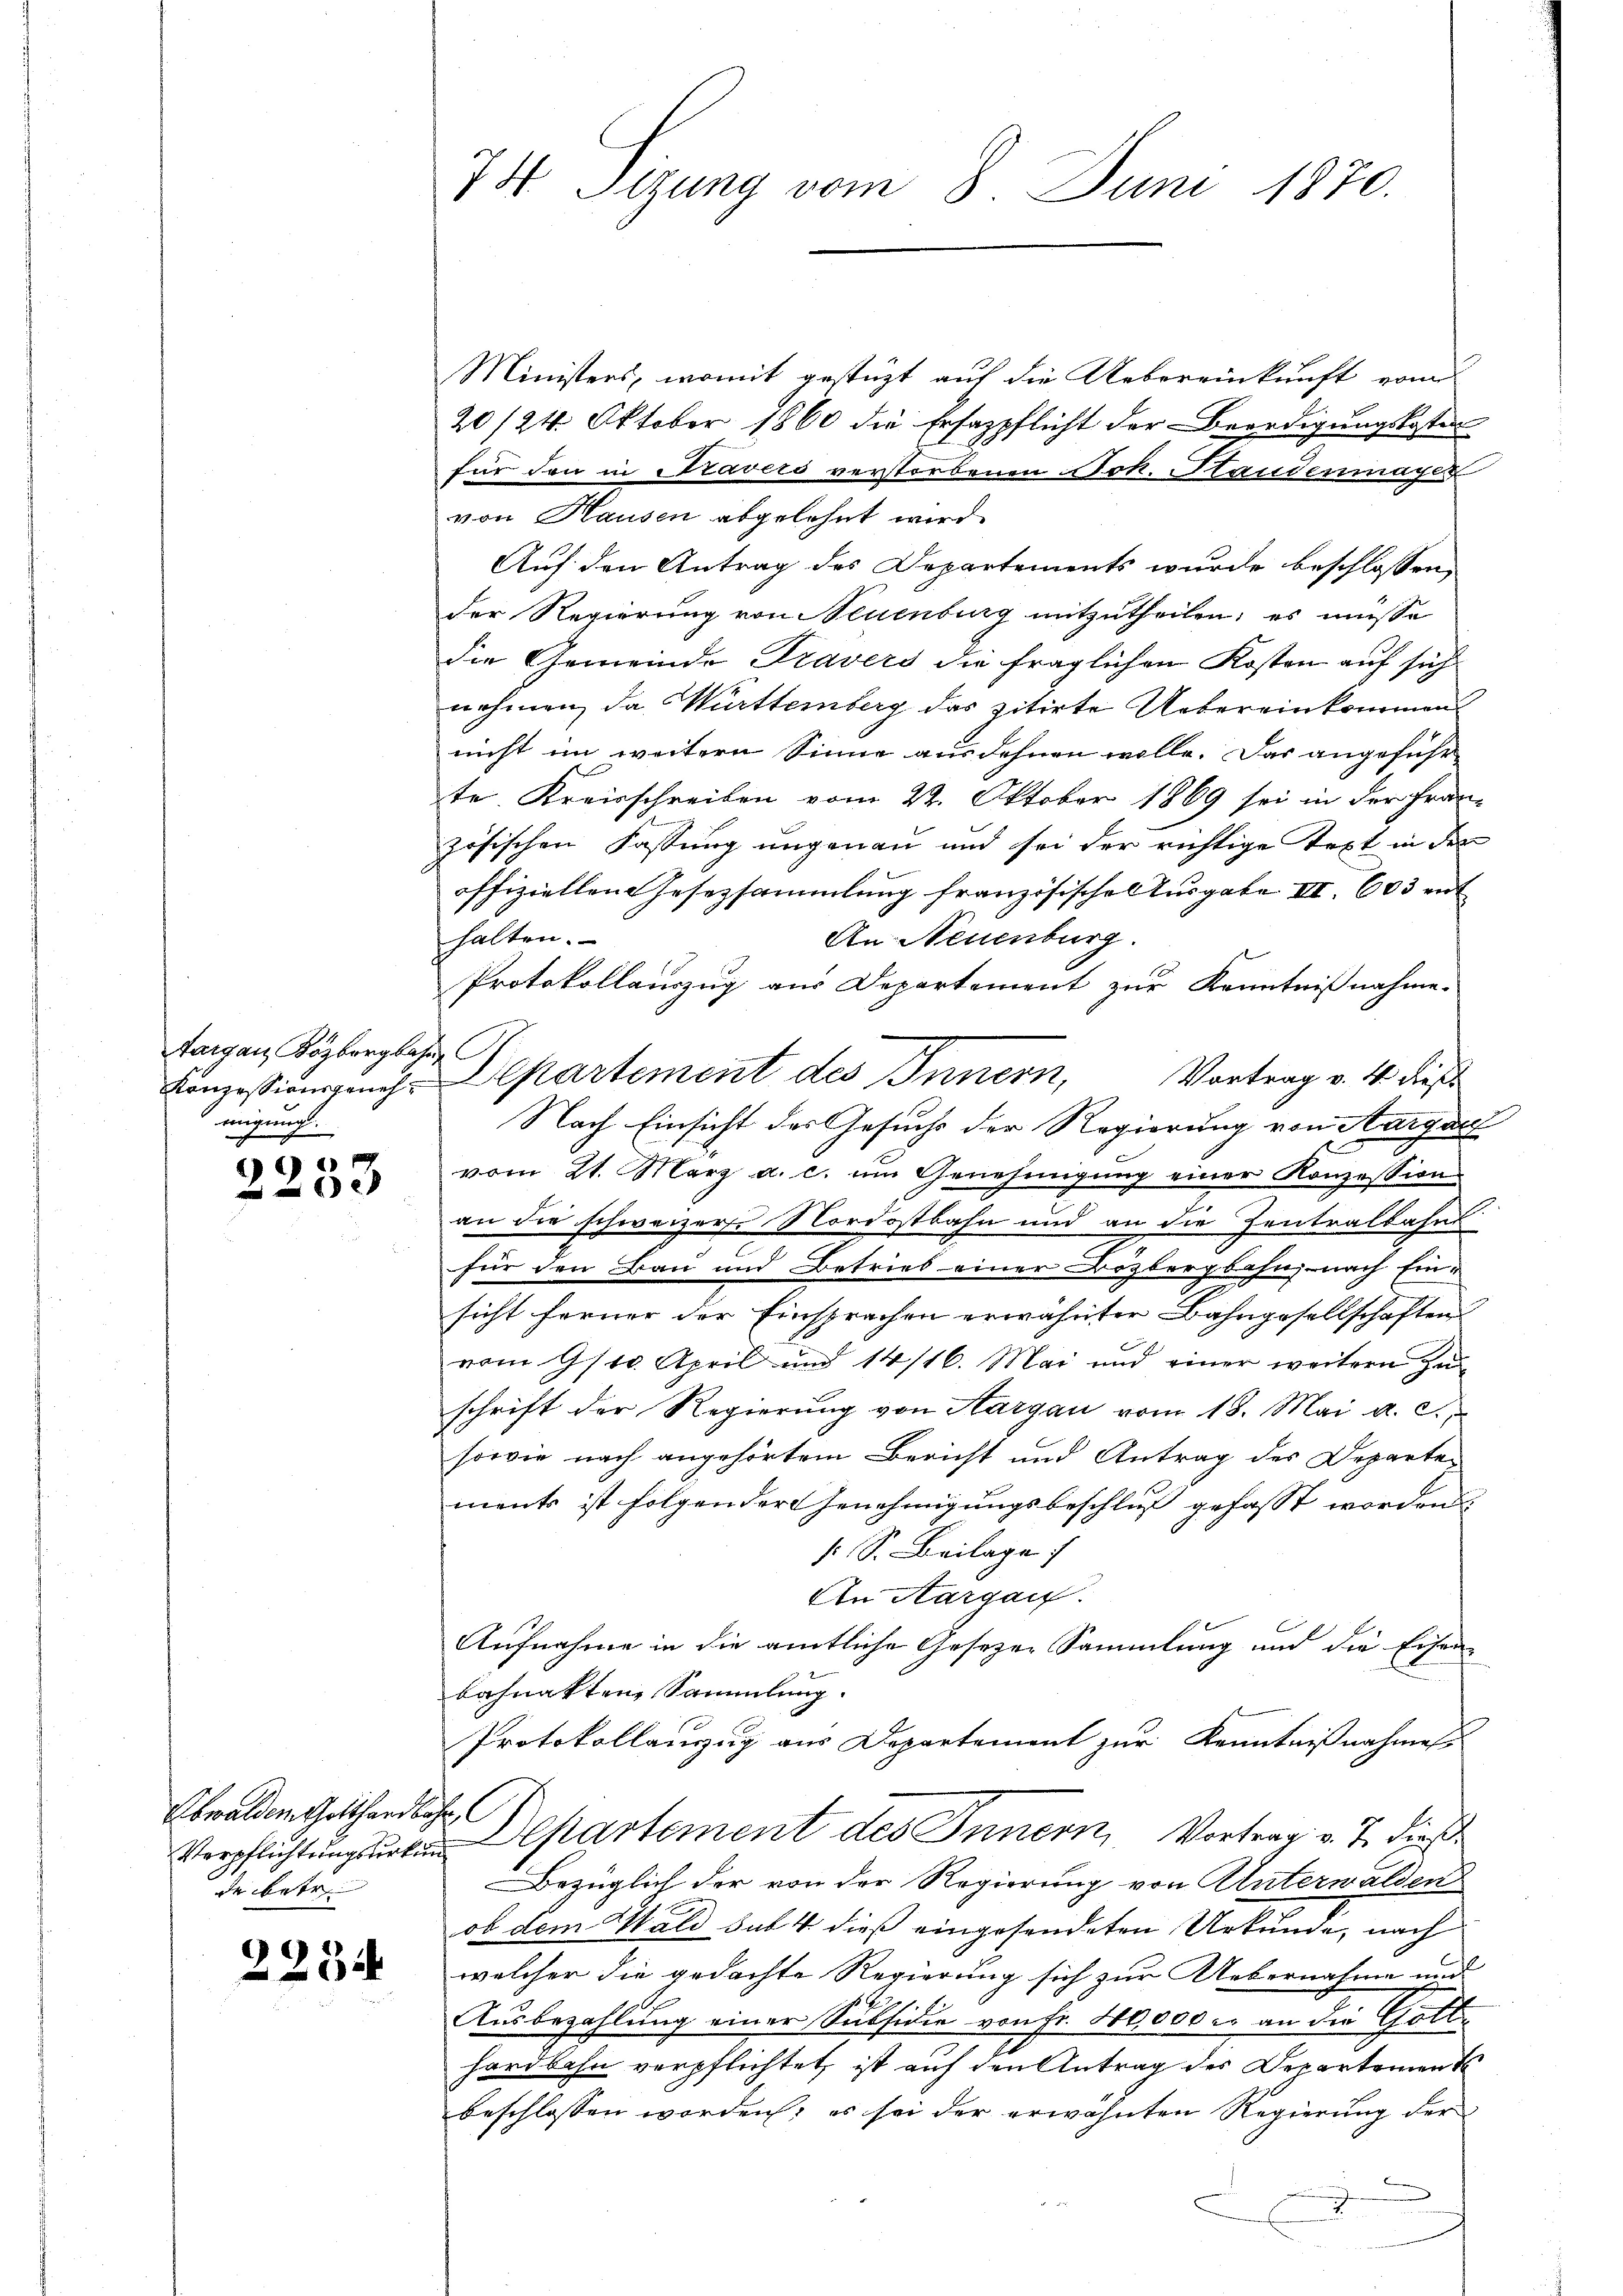
Aargau Kozbergbahn
migung.
c

d
33

Obwalden Gotthardbahn
de betr.

2234

74 Sizung vom 8. Juni 1870.

Ministers, womit gestüzt auf die Uebereinkunft vom
20/24. Oktober 1860 die Ersatzpflicht der Beerdigungskosten
für den in Savers verstorbenen Joh. Staudenmayer
von Hausen abgelehnt wird.
Auf den Antrag des Departements wurde beschlossen,
der Regierung von Neuenburg mitzutheilen; es müsse
die Gemeinde Travers die fraglichen Kosten auf sich
nehmen, da Württemberg das zitirte Uebereinkommen
nicht im weitern Sinne ausdehnen wolle. Das angeführ
te Kreisschreiben vom 22. Oktober 1869 sei in der Fran-
zösischen Fassung ungenau und sei der richtige Text in der
offiziellen Gesetzsammlung französische Ausgabe III. 603 ent
halten.
An Neuenburg.
Protokollauszug aus Departement zur Kenntnißnahme.
Konzessionspruch Departement des Innern, Vortrag v. 4. dieß
Nach Einsicht des Gesuchs der Regierung von Margau
vom 21. März a. c. um Genehmigŭng einer Konzession
an die schweizer. Nordostbahn und an die Zentralbahnt
für den Bau und Betrieb einer Bözbergbahn nach Einsicht ferner der Einsprachen erwähnter Bahngesellschaften
vom 9str. April und 14/16. Mai und einer weitern Zuschrift der Regierung von Aargau vom 18. Mai a. c.,
sowie nach angehörtem Bericht und Antrag des Departen
ments ist folgender Genehmigungsbeschluß gefasst worden
s. S. Beilage
An Aargau.
Aufnahme in die amtliche Gesezen Sammlung und die Eisen-
bahnakten Sammlung.
Protokollauszug aus Departement zur Kenntnißnahmen
Verpflichtungsurten Departement des Innern, Vortrag v. J. dieß¬
Bezüglich der von der Regierung von Unterwalden
ob dem Wald sub 4 dieß eingesendeten Urkunde, nach
welcher die gedachte Regierung sich zur Uebernahme und
Ausbezahlung einer Subsidie von Fr. 40,000 c. an die Gotte
hardbahn verpflichtet, ist auf den Antrag des Departement
beschlossen worden; es sei der erwähnten Regierung der